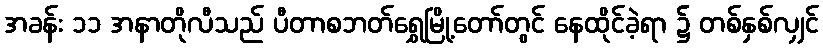
အခန်း ၁၁ အနာတိုလီသည် ပီတာစဘတ်ရွှေမြို့တော်တွင် နေထိုင်ခဲ့ရာ ၌ တစ်နှစ်လျှင်